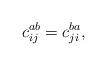
LaTeX: \begin{align*}c_{ij}^{ab} = c_{ji}^{ba},\end{align*}